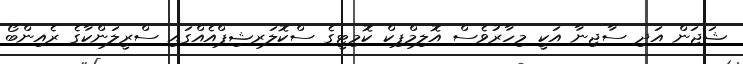
ޝަޖަން އަދި ސާޖިނާ އަކީ މިހާރުވެސް އޮލިމްޕިކް ކޮމިޓީގެ ސްކޮލަރޝިޕްއެއްގައި ސްރީލަންކާގެ ރެއިންބޯ